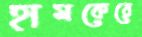
হামকেরে